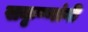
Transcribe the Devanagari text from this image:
सकृष्णांगी